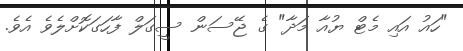
"ހައު އައި މެޓް ޔުއާ މަދާ" ގެ ޖޭސަން ސީގަލް ފާހަގަކޮށްލެވެ އެވެ.